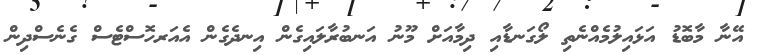
އޭނާ މާބޮޑު އަޅައިލުމެއްނެތި ލޯގަނޑާއި ދިމާއަށް މޫނު އަނބުރާލައިގެން އިނދެގެން އެއަރހޮސްޓެސް ގެނެސްދިން